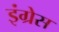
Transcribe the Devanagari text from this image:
इंग्रेस